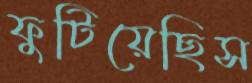
ফুটিয়েছিস